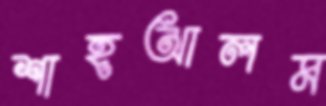
শাহআলম